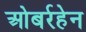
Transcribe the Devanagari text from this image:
ओबर्रहेन